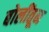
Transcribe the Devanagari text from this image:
बोलींतून